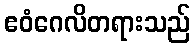
ဧဝံဂေလိတရားသည်